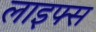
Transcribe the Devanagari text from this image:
लाइफ्स